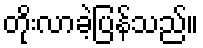
တိုးလာခဲ့ပြန်သည်။